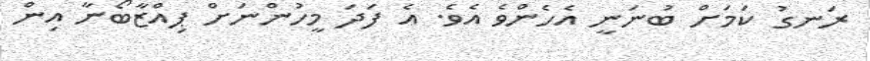
ރަނގު ކަމަށް ބުނަނީ އެހެންވެ އެވެ. އެ ފަދަ މީހުންނަށް ޕިއްޒާބޯނާ އިން